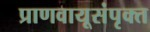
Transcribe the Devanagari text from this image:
प्राणवायूसंपृक्त